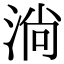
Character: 淌